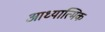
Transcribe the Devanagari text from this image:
आध्‍यात्मिक